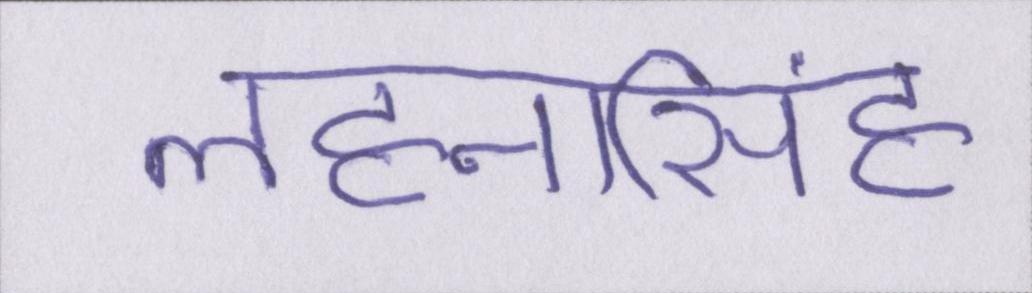
लहनासिंह